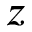
z